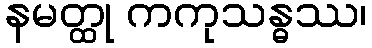
နမတ္ထု ကကုသန္ဓဿ၊